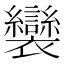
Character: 𧟏